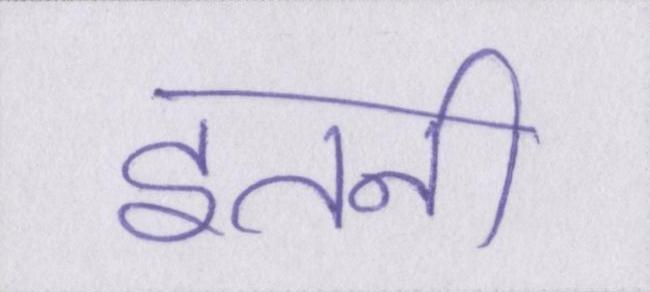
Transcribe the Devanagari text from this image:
इतनी